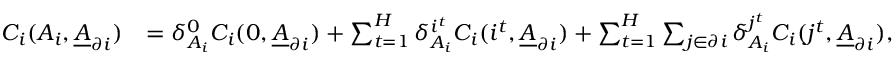
\begin{array} { r l } { C _ { i } ( A _ { i } , \underline { { A } } _ { \partial i } ) } & { = \delta _ { A _ { i } } ^ { 0 } C _ { i } ( 0 , \underline { { A } } _ { \partial i } ) + \sum _ { t = 1 } ^ { H } \delta _ { A _ { i } } ^ { i ^ { t } } C _ { i } ( i ^ { t } , \underline { { A } } _ { \partial i } ) + \sum _ { t = 1 } ^ { H } \sum _ { j \in \partial i } \delta _ { A _ { i } } ^ { j ^ { t } } C _ { i } ( j ^ { t } , \underline { { A } } _ { \partial i } ) , } \end{array}